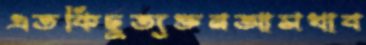
এতকিছুত্যক্তনআসখাব